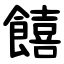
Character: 饎